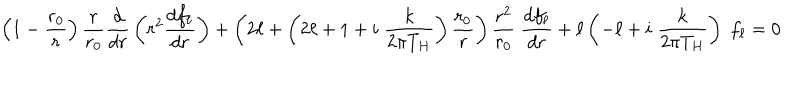
\left( 1 - { \frac { r _ { 0 } } { r } } \right) { \frac { r } { r _ { 0 } } } { \frac { d } { d r } } \left( r ^ { 2 } { \frac { d f _ { \ell } } { d r } } \right) + \left( 2 \ell + \left( 2 \ell + 1 + i \; { \frac { k } { 2 \pi T _ { H } } } \right) { \frac { r _ { 0 } } { r } } \right) { \frac { r ^ { 2 } } { r _ { 0 } } } \; { \frac { d f _ { \ell } } { d r } } + \ell \left( - \ell + i \; { \frac { k } { 2 \pi T _ { H } } } \right) \; f _ { \ell } = 0